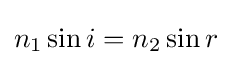
n_{1}\sin i=n_{2}\sin r